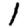
Digit: 1